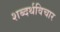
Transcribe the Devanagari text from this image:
शब्दर्थविचार